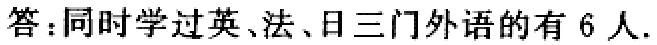
答：同时学过英、法、日三门外语的有 6 人.